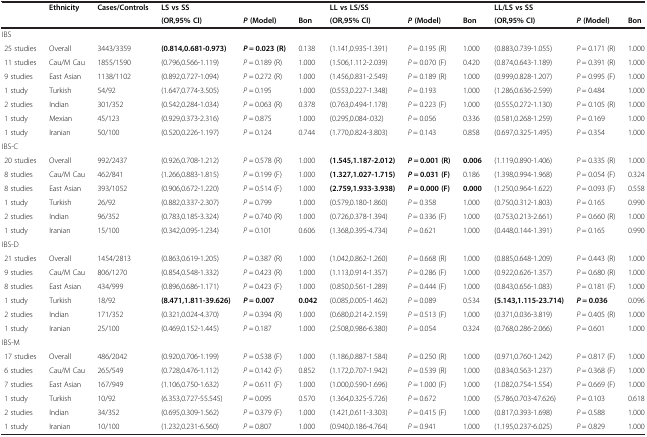
<table><thead><tr><td><b> </b></td><td><b>Ethnicity</b></td><td><b>Cases/Controls</b></td><td><b>LS vs SS</b></td><td><b> </b></td><td><b> </b></td><td><b>LL vs LS/SS</b></td><td><b> </b></td><td><b> </b></td><td><b>LL/LS vs SS</b></td><td><b> </b></td><td><b> </b></td></tr><tr><td><b> </b></td><td><b> </b></td><td><b> </b></td><td><b>(OR,95% CI)</b></td><td><b><i>P </i>(Model)</b></td><td><b>Bon</b></td><td><b>(OR,95% CI)</b></td><td><b><i>P </i>(Model)</b></td><td><b>Bon</b></td><td><b>(OR,95% CI)</b></td><td><b><i>P </i>(Model)</b></td><td><b>Bon</b></td></tr></thead><tbody><tr><td>IBS</td><td> </td><td> </td><td> </td><td> </td><td> </td><td> </td><td> </td><td> </td><td> </td><td> </td><td> </td></tr><tr><td> 25 studies</td><td>Overall</td><td>3443/3359</td><td><b>(0.814,0.681-0.973)</b></td><td><b><i>P</i></b> <b>= 0.023 (R)</b></td><td>0.138</td><td>(1.141,0.935-1.391)</td><td><i>P</i> = 0.195 (R)</td><td>1.000</td><td>(0.883,0.739-1.055)</td><td><i>P</i> = 0.171 (R)</td><td>1.000</td></tr><tr><td> 11 studies</td><td>Cau/M Cau</td><td>1855/1590</td><td>(0.796,0.566-1.119)</td><td><i>P</i> = 0.189 (R)</td><td>1.000</td><td>(1.506,1.112-2.039)</td><td><i>P</i> = 0.070 (F)</td><td>0.420</td><td>(0.874,0.643-1.189)</td><td><i>P</i> = 0.391 (R)</td><td>1.000</td></tr><tr><td> 9 studies</td><td>East Asian</td><td>1138/1102</td><td>(0.892,0.727-1.094)</td><td><i>P</i> = 0.272 (R)</td><td>1.000</td><td>(1.456,0.831-2.549)</td><td><i>P</i> = 0.189 (R)</td><td>1.000</td><td>(0.999,0.828-1.207)</td><td><i>P</i> = 0.995 (F)</td><td>1.000</td></tr><tr><td> 1 study</td><td>Turkish</td><td>54/92</td><td>(1.647,0.774-3.505)</td><td><i>P</i> = 0.195</td><td>1.000</td><td>(0.553,0.227-1.348)</td><td><i>P</i> = 0.193</td><td>1.000</td><td>(1.286,0.636-2.599)</td><td><i>P</i> = 0.484</td><td>1.000</td></tr><tr><td> 2 studies</td><td>Indian</td><td>301/352</td><td>(0.542,0.284-1.034)</td><td><i>P</i> = 0.063 (R)</td><td>0.378</td><td>(0.763,0.494-1.178)</td><td><i>P</i> = 0.223 (F)</td><td>1.000</td><td>(0.555,0.272-1.130)</td><td><i>P</i> = 0.105 (R)</td><td>1.000</td></tr><tr><td> 1 study</td><td>Mexian</td><td>45/123</td><td>(0.929,0.373-2.316)</td><td><i>P</i> = 0.875</td><td>1.000</td><td>(0.295,0.084-.032)</td><td><i>P</i> = 0.056</td><td>0.336</td><td>(0.581,0.268-1.259)</td><td><i>P</i> = 0.169</td><td>1.000</td></tr><tr><td> 1 study</td><td>Iranian</td><td>50/100</td><td>(0.520,0.226-1.197)</td><td><i>P</i> = 0.124</td><td>0.744</td><td>(1.770,0.824-3.803)</td><td><i>P</i> = 0.143</td><td>0.858</td><td>(0.697,0.325-1.495)</td><td><i>P</i> = 0.354</td><td>1.000</td></tr><tr><td>IBS-C</td><td> </td><td> </td><td> </td><td> </td><td> </td><td> </td><td> </td><td> </td><td> </td><td> </td><td> </td></tr><tr><td> 20 studies</td><td>Overall</td><td>992/2437</td><td>(0.926,0.708-1.212)</td><td><i>P</i> = 0.578 (R)</td><td>1.000</td><td><b>(1.545,1.187-2.012)</b></td><td><b><i>P</i></b> <b>= 0.001 (R)</b></td><td><b>0.006</b></td><td>(1.119,0.890-1.406)</td><td><i>P</i> = 0.335 (R)</td><td>1.000</td></tr><tr><td> 8 studies</td><td>Cau/M Cau</td><td>462/841</td><td>(1.266,0.883-1.815)</td><td><i>P</i> = 0.199 (F)</td><td>1.000</td><td><b>(1.327,1.027-1.715)</b></td><td><b><i>P</i></b> <b>= 0.031 (F)</b></td><td>0.186</td><td>(1.398,0.994-1.968)</td><td><i>P</i> = 0.054 (F)</td><td>0.324</td></tr><tr><td> 8 studies</td><td>East Asian</td><td>393/1052</td><td>(0.906,0.672-1.220)</td><td><i>P</i> = 0.514 (F)</td><td>1.000</td><td><b>(2.759,1.933-3.938)</b></td><td><b><i>P</i></b> <b>= 0.000 (F)</b></td><td><b>0.000</b></td><td>(1.250,0.964-1.622)</td><td><i>P</i> = 0.093 (F)</td><td>0.558</td></tr><tr><td> 1 study</td><td>Turkish</td><td>26/92</td><td>(0.882,0.337-2.307)</td><td><i>P</i> = 0.799</td><td>1.000</td><td>(0.579,0.180-1.860)</td><td><i>P</i> = 0.358</td><td>1.000</td><td>(0.750,0.312-1.803)</td><td><i>P</i> = 0.165</td><td>0.990</td></tr><tr><td> 2 studies</td><td>Indian</td><td>96/352</td><td>(0.783,0.185-3.324)</td><td><i>P</i> = 0.740 (R)</td><td>1.000</td><td>(0.726,0.378-1.394)</td><td><i>P</i> = 0.336 (F)</td><td>1.000</td><td>(0.753,0.213-2.661)</td><td><i>P</i> = 0.660 (R)</td><td>1.000</td></tr><tr><td> 1 study</td><td>Iranian</td><td>15/100</td><td>(0.342,0.095-1.234)</td><td><i>P</i> = 0.101</td><td>0.606</td><td>(1.368,0.395-4.734)</td><td><i>P</i> = 0.621</td><td>1.000</td><td>(0.448,0.144-1.391)</td><td><i>P</i> = 0.165</td><td>0.990</td></tr><tr><td>IBS-D</td><td> </td><td> </td><td> </td><td> </td><td> </td><td> </td><td> </td><td> </td><td> </td><td> </td><td> </td></tr><tr><td> 21 studies</td><td>Overall</td><td>1454/2813</td><td>(0.863,0.619-1.205)</td><td><i>P</i> = 0.387 (R)</td><td>1.000</td><td>(1.042,0.862-1.260)</td><td><i>P</i> = 0.668 (R)</td><td>1.000</td><td>(0.885,0.648-1.209)</td><td><i>P</i> = 0.443 (R)</td><td>1.000</td></tr><tr><td> 9 studies</td><td>Cau/M Cau</td><td>806/1270</td><td>(0.854,0.548-1.332)</td><td><i>P</i> = 0.423 (R)</td><td>1.000</td><td>(1.113,0.914-1.357)</td><td><i>P</i> = 0.286 (F)</td><td>1.000</td><td>(0.922,0.626-1.357)</td><td><i>P</i> = 0.680 (R)</td><td>1.000</td></tr><tr><td> 8 studies</td><td>East Asian</td><td>434/999</td><td>(0.896,0.686-1.171)</td><td><i>P</i> = 0.423 (F)</td><td>1.000</td><td>(0.850,0.561-1.289)</td><td><i>P</i> = 0.444 (F)</td><td>1.000</td><td>(0.843,0.656-1.083)</td><td><i>P</i> = 0.181 (F)</td><td>1.000</td></tr><tr><td> 1 study</td><td>Turkish</td><td>18/92</td><td><b>(8.471,1.811-39.626)</b></td><td><b><i>P</i></b> <b>= 0.007</b></td><td><b>0.042</b></td><td>(0.085,0.005-1.462)</td><td><i>P =</i> 0.089</td><td>0.534</td><td><b>(5.143,1.115-23.714)</b></td><td><b><i>P</i></b> <b>= 0.036</b></td><td>0.096</td></tr><tr><td> 2 studies</td><td>Indian</td><td>171/352</td><td>(0.321,0.024-4.370)</td><td><i>P</i> = 0.394 (R)</td><td>1.000</td><td>(0.680,0.214-2.159)</td><td><i>P =</i> 0.513 (F)</td><td>1.000</td><td>(0.371,0.036-3.819)</td><td><i>P</i> = 0.405 (R)</td><td>1.000</td></tr><tr><td> 1 study</td><td>Iranian</td><td>25/100</td><td>(0.469,0.152-1.445)</td><td><i>P</i> = 0.187</td><td>1.000</td><td>(2.508,0.986-6.380)</td><td><i>P =</i> 0.054</td><td>0.324</td><td>(0.768,0.286-2.066)</td><td><i>P</i> = 0.601</td><td>1.000</td></tr><tr><td>IBS-M</td><td> </td><td> </td><td> </td><td> </td><td> </td><td> </td><td> </td><td> </td><td> </td><td> </td><td> </td></tr><tr><td> 17 studies</td><td>Overall</td><td>486/2042</td><td>(0.920,0.706-1.199)</td><td><i>P</i> = 0.538 (F)</td><td>1.000</td><td>(1.186,0.887-1.584)</td><td><i>P</i> = 0.250 (R)</td><td>1.000</td><td>(0.971,0.760-1.242)</td><td><i>P</i> = 0.817 (F)</td><td>1.000</td></tr><tr><td> 6 studies</td><td>Cau/M Cau</td><td>265/549</td><td>(0.728,0.476-1.112)</td><td><i>P</i> = 0.142 (F)</td><td>0.852</td><td>(1.172,0.707-1.942)</td><td><i>P</i> = 0.539 (R)</td><td>1.000</td><td>(0.834,0.563-1.237)</td><td><i>P</i> = 0.368 (F)</td><td>1.000</td></tr><tr><td> 7 studies</td><td>East Asian</td><td>167/949</td><td>(1.106,0.750-1.632)</td><td><i>P</i> = 0.611 (F)</td><td>1.000</td><td>(1.000,0.590-1.696)</td><td><i>P</i> = 1.000 (F)</td><td>1.000</td><td>(1.082,0.754-1.554)</td><td><i>P</i> = 0.669 (F)</td><td>1.000</td></tr><tr><td> 1 study</td><td>Turkish</td><td>10/92</td><td>(6.353,0.727-55.545)</td><td><i>P</i> = 0.095</td><td>0.570</td><td>(1.364,0.325-5.726)</td><td><i>P</i> = 0.672</td><td>1.000</td><td>(5.786,0.703-47.626)</td><td><i>P</i> = 0.103</td><td>0.618</td></tr><tr><td> 2 studies</td><td>Indian</td><td>34/352</td><td>(0.695,0.309-1.562)</td><td><i>P</i> = 0.379 (F)</td><td>1.000</td><td>(1.421,0.611-3.303)</td><td><i>P</i> = 0.415 (F)</td><td>1.000</td><td>(0.817,0.393-1.698)</td><td><i>P</i> = 0.588</td><td>1.000</td></tr><tr><td> 1 study</td><td>Iranian</td><td>10/100</td><td>(1.232,0.231-6.560)</td><td><i>P</i> = 0.807</td><td>1.000</td><td>(0.940,0.186-4.764)</td><td><i>P</i> = 0.941</td><td>1.000</td><td>(1.195,0.237-6.025)</td><td><i>P</i> = 0.829</td><td>1.000</td></tr></tbody></table>